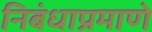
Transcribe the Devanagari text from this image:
निबंधाप्रमाणे